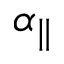
\alpha _ { \parallel }